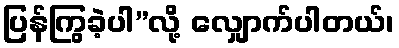
ပြန်ကြွခဲ့ပါ”လို့ လျှောက်ပါတယ်၊